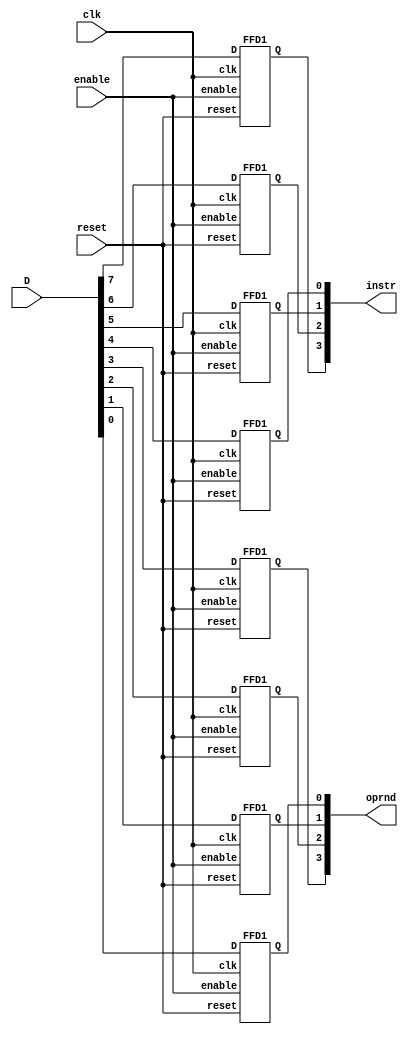
// Univeridad del Valle de Guatemala
// Proyecto final, Procesador
// Estephan Portales
// 19826


// Este es un flip-flop tipo D, pero la salida la dividimos es el operand e instructions

// Declaramos entradas y salidas
module Fetch(clk,reset,enable, D,instr,oprnd);
// Configuramos los puertos
input wire clk;
input wire reset;
input wire enable;
input wire [7:0] D;
output wire [3:0] instr;
output wire [3:0] oprnd;
// INSTANCIAS para el flip-flop tipo D
  FFD1 U1(clk, reset, enable, D[7], instr[3]);
  FFD1 U2(clk, reset, enable, D[6], instr[2]);
  FFD1 U3(clk, reset, enable, D[5], instr[1]);
  FFD1 U4(clk, reset, enable, D[4], instr[0]);

  FFD1 U5(clk, reset, enable, D[3], oprnd[3]);
  FFD1 U6(clk, reset, enable, D[2], oprnd[2]);
  FFD1 U7(clk, reset, enable, D[1], oprnd[1]);
  FFD1 U8(clk, reset, enable, D[0], oprnd[0]);

endmodule
//Un flip flop tipo D para complementar el Fetch
module FFD1(clk,reset,enable,D,Q);
// Configuramos los puertos
input wire clk;
input wire reset;
input wire enable;
input wire D;
output reg Q;
// Salida segn el valor de reloj y un reset para volver el valor de salida 0
  always @(posedge clk or posedge reset)
    begin
      if (reset) Q <= 1'b0;
      else if (enable) Q <= D;
      else Q <= Q;
    end

endmodule